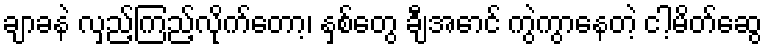
ချာခနဲ လှည့်ကြည့်လိုက်တော့၊ နှစ်တွေ ချီအောင် ကွဲကွာနေတဲ့ ငါ့မိတ်ဆွေ